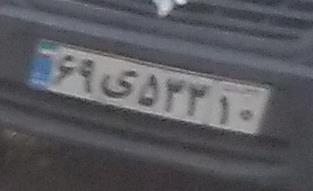
۶۹ی۵۳۳۱۰